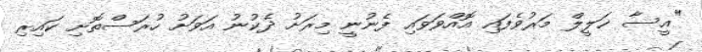
"އީސާ ޚަލީލް މަރުވެފައި އޮއްވަވައި ފެނުނީ މިރަށު ދެކުނު އަވަށު ހުރަސްތޮށި ކައިރި